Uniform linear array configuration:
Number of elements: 12
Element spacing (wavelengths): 0.5
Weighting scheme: blackman
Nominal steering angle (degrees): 30
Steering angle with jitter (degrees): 29.201
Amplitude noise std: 0.05
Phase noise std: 0.05

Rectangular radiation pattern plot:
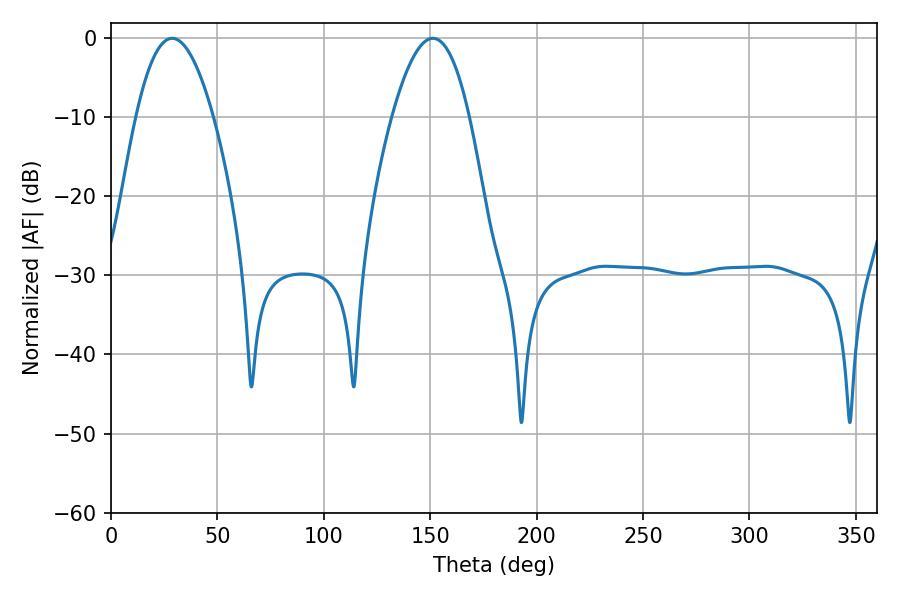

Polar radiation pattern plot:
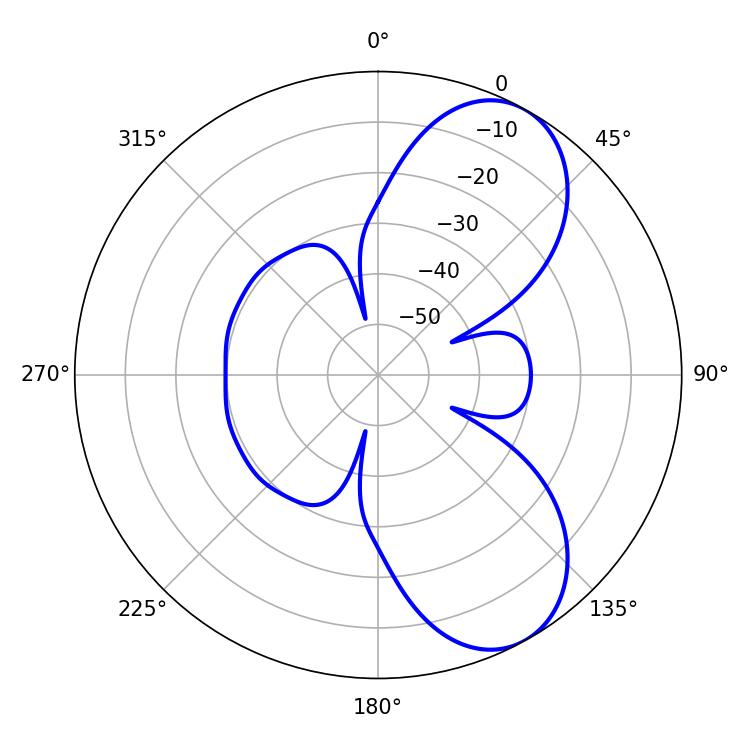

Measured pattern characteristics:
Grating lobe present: FALSE
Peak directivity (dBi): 7.433
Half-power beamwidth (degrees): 19.98
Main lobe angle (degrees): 28.8